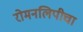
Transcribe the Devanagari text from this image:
रोमनलिपीचा